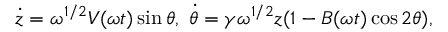
\begin{array} { r } { \dot { z } = \omega ^ { 1 / 2 } V ( \omega t ) \sin \theta , ~ \dot { \theta } = \gamma \omega ^ { 1 / 2 } z ( 1 - B ( \omega t ) \cos 2 \theta ) , } \end{array}